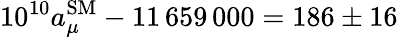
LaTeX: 10^{10}a_{\mu}^{\mathrm{SM}}-11\, 659\, 000=186\pm 16